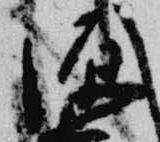
源